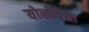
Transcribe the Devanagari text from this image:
योनीपेक्षा